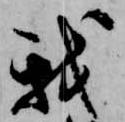
我